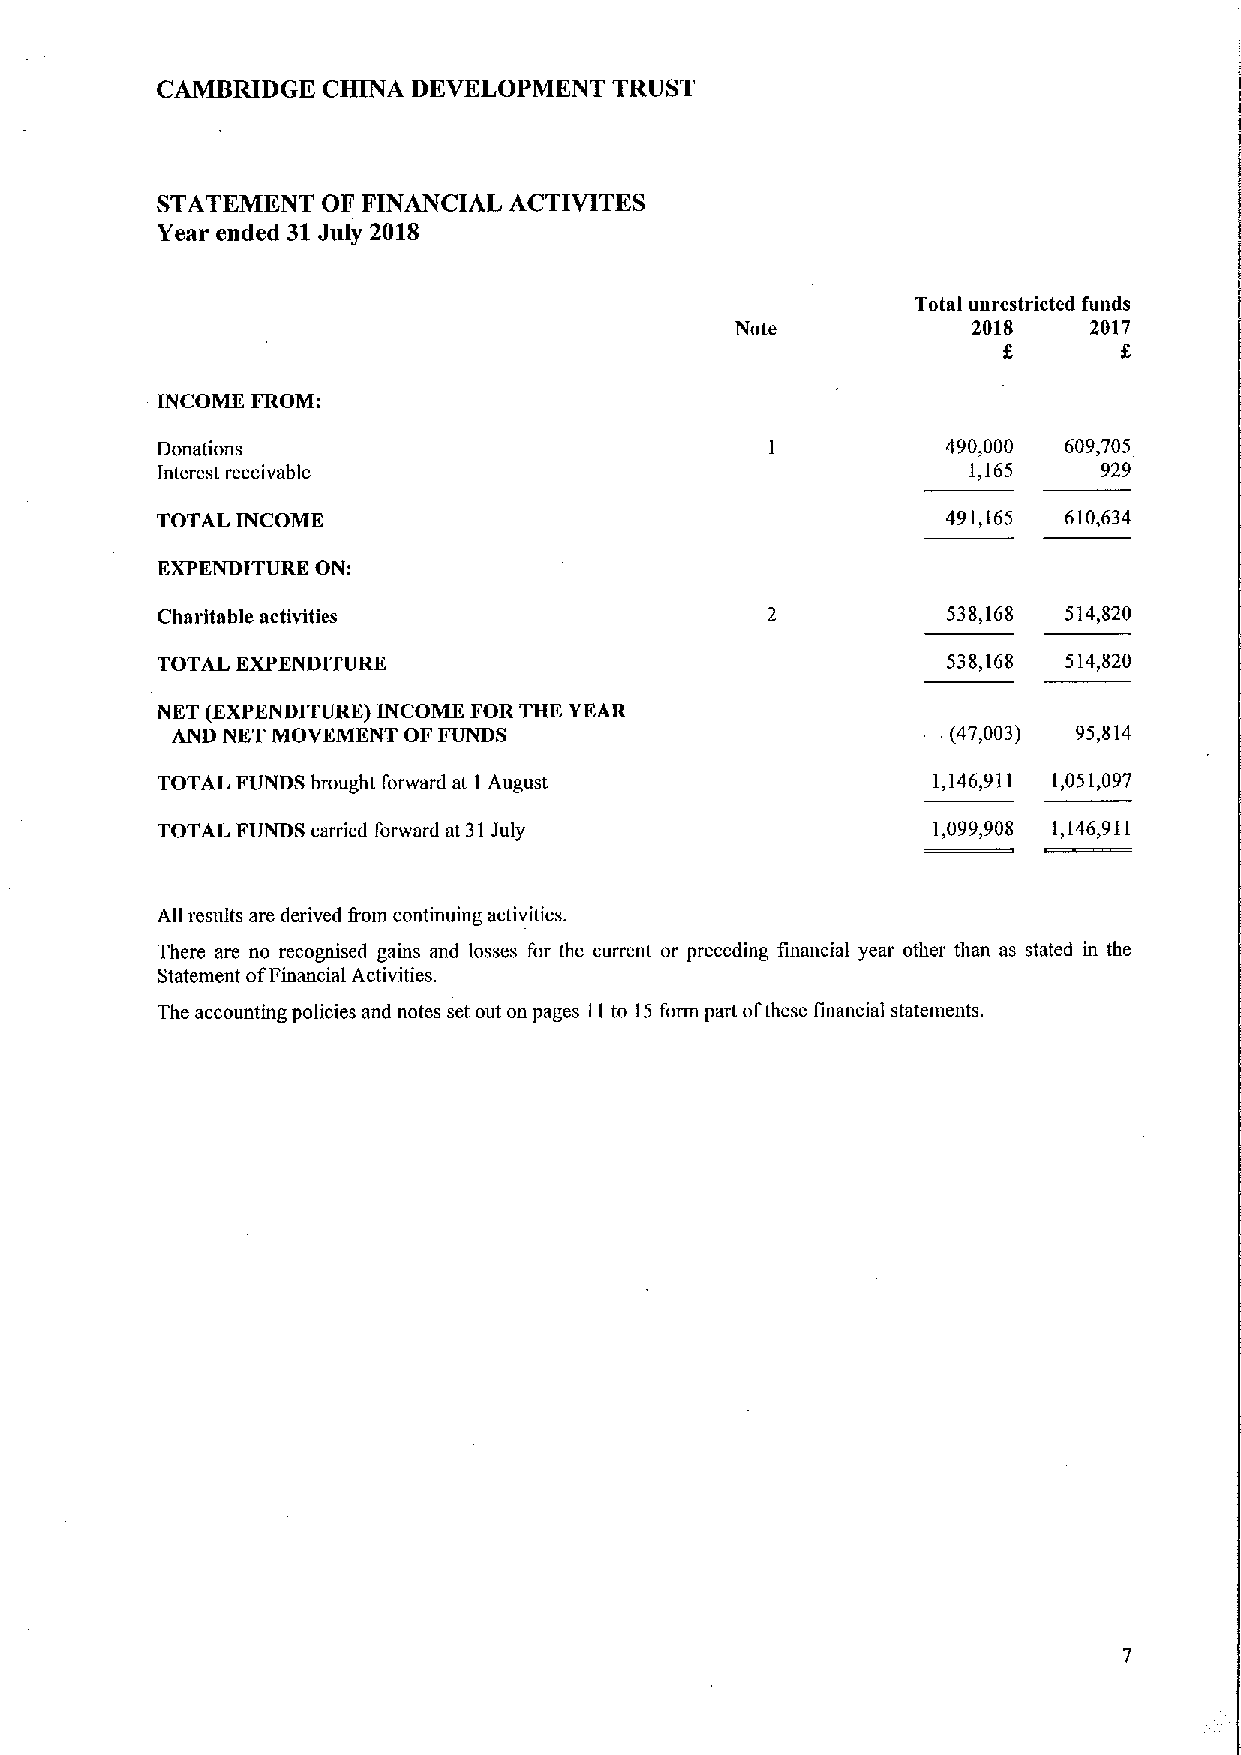
CAMBRIDGE  CHINA DEVELOPMENT   TRUST
 STATEMENT  OF FINANCIAL ACTIVITES
 Year ended 31July 201S
 Total unrestricted funds
 Note           2018    2017
 INCOME FROM:
 Donations                                            490,000 609,705
 Interest receivable                                   1,165    929
 TOTAL INCOME                                         491,165 610,634
 EXPENDITURE ON:
 Charitable activities                                538,168 514,820
 TOTAL EXPENDITURE                                    538,168 514,820
 NKT (EXPENDITURE) INCOME FOR THE YEAR
 AND NKT MOVEMENT OF FUNDS                           (47,003) 95,814
 TOTAL FUNDS brought forward at I August             1,146,911 1,051,097
 TOTAL FUNDS carried forward at 31July               1,099,908 1,146,911
 All results are derived trom continuing activities.
 There are no recognised gains and losses for the current or preceding financial year other than as stated in the
 Statement ofFinancial Activities.
 The accounting policies and notes set out on pages 11to 15 form part ofthese financial statements.